Indian journal of veterinary science and animal husbandry - Volume 4,
Year: 1934
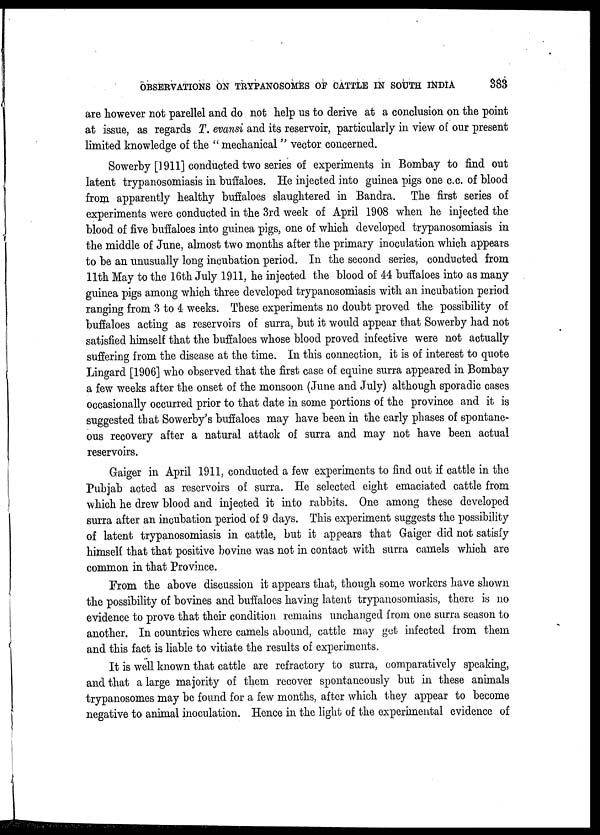
OBSERVATIONS ON TRYPANOSOMES OF CATTLE IN SOUTH INDIA
383
are however not parellel and do not help us to derive at a conclusion on the point
at issue, as regards T. evansi and its reservoir, particularly in view of our present
limited knowledge of the " mechanical " vector concerned.
Sowerby [1911] conducted two series of experiments in Bombay to find out
latent trypanosomiasis in buffaloes. He injected into guinea pigs one c.c. of blood
from apparently healthy buffaloes slaughtered in Bandra. The first series of
experiments were conducted in the 3rd week of April 1908 when he injected the
blood of five buffaloes into guinea pigs, one of which developed trypanosomiasis in
the middle of June, almost two months after the primary inoculation which appears
to be an unusually long incubation period. In the second series, conducted from
11th May to the 16th July 1911, he injected the blood of 44 buffaloes into as many
guinea pigs among which three developed trypanosomiasis with an incubation period
ranging from 3 to 4 weeks. These experiments no doubt proved the possibility of
buffaloes acting as reservoirs of surra, but it would appear that Sowerby had not
satisfied himself that the buffaloes whose blood proved infective were not actually
suffering from the disease at the time. In this connection, it is of interest to quote
Lingard [1906] who observed that the first case of equine surra appeared in Bombay
a few weeks after the onset of the monsoon (June and July) although sporadic cases
occasionally occurred prior to that date in some portions of the province and it is
suggested that Sowerby's buffaloes may have been in the early phases of spontane-
ous recovery after a natural attack of surra and may not have been actual
reservoirs.
Gaiger in April 1911, conducted a few experiments to find out if cattle in the
Pubjab acted as reservoirs of surra. He selected eight emaciated cattle from
which he drew blood and injected it into rabbits. One among these developed
surra after an incubation period of 9 days. This experiment suggests the possibility
of latent trypanosomiasis in cattle, but it appears that Gaiger did not satisfy
himself that that positive bovine was not in contact with surra camels which are
common in that Province.
From the above discussion it appears that, though some workers have shown
the possibility of bovines and buffaloes having latent trypanosomiasis, there is no
evidence to prove that their condition remains unchanged from one surra season to
another. In countries where camels abound, cattle may get infected from them
and this fact is liable to vitiate the results of experiments.
It is well known that cattle are refractory to surra, comparatively speaking,
and that a large majority of them recover spontaneously but in these animals
trypanosomes may be found for a few months, after which they appear to become
negative to animal inoculation. Hence in the light of the experimental evidence of